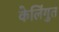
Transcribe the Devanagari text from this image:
केलिंगुत